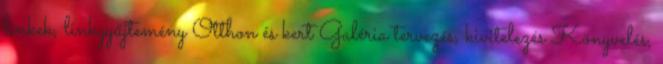
linkek, linkgyűjtemény Otthon és kert Galéria tervezés, kivitelezés Könyvelés,